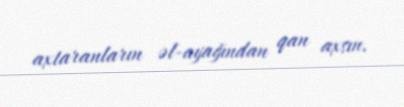
axtaranların əl-ayağından qan axsın.